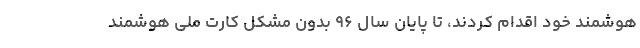
هوشمند خود اقدام کردند، تا پایان سال ۹۶ بدون مشکل کارت ملی هوشمند